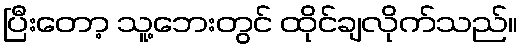
ပြီးတော့ သူ့ဘေးတွင် ထိုင်ချလိုက်သည်။